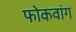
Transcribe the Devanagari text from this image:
फोकवांग